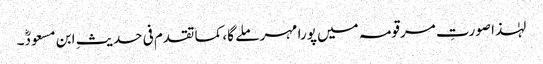
لہٰذا صورتِ مرقومہ میں پورا مہر ملے گا، کما تقدم فی حدیثِ ابن مسعودؓ۔